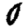
Digit: 0